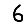
Digit: 6